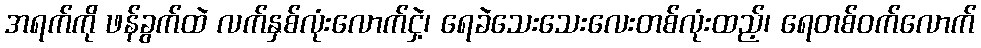
အရက်ကို ဖန်ခွက်ထဲ လက်နှစ်လုံးလောက်ငှဲ့၊ ရေခဲသေးသေးလေးတစ်လုံးထည့်၊ ရေတစ်ဝက်လောက်